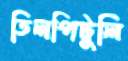
তিলপিটুলি